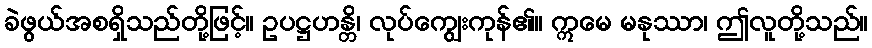
ခဲဖွယ်အစရှိသည်တို့ဖြင့်။ ဥပဋ္ဌဟန္တိ၊ လုပ်ကျွေးကုန်၏။ ဣမေ မနုဿာ၊ ဤလူတို့သည်။